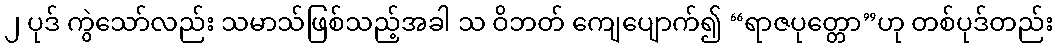
၂ ပုဒ် ကွဲသော်လည်း သမာသ်ဖြစ်သည့်အခါ သ ဝိဘတ် ကျေပျောက်၍ “ရာဇပုတ္တော”ဟု တစ်ပုဒ်တည်း